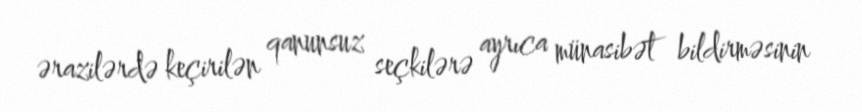
ərazilərdə keçirilən qanunsuz seçkilərə ayrıca münasibət bildirməsinin